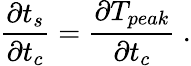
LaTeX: \frac{\partial t_{s}}{\partial t_{c}}=\frac{\partial T_{peak}}{\partial t_{c}}~.